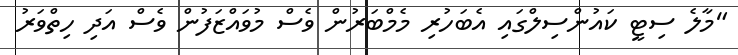
"މާލެ ސިޓީ ކައުންސިލްގައި އެބަހުރި މެމްބަރުން ވެސް މުވައްޒަފުން ވެސް އަދި ހިތްވަރު